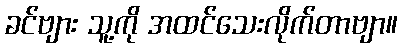
ခင်ဗျား သူ့ကို အထင်သေးလိုက်တာဗျာ။